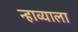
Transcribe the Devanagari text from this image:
न्हाव्याला